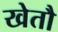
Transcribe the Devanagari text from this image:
खेतौ